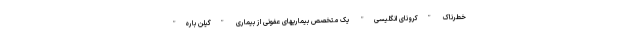
خطرناک "کرونای انگلیسی" یک متخصص بیماریهای عفونی از بیماری "گیلن باره"